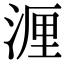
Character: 湹